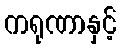
ကရုဏာနှင့်